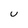
Character: U